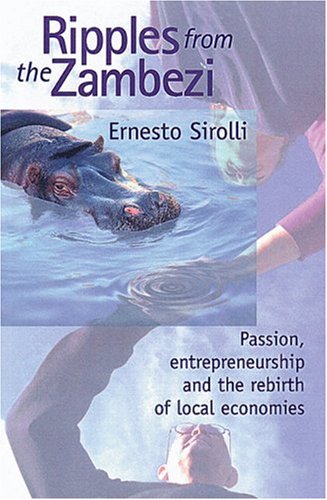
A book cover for Ripples from the Zambezi: Passion, Entrepreneurship, and the Rebirth of Local Economies; Ernesto Sirolli; History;